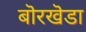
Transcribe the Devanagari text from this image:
बॊरखॆडा